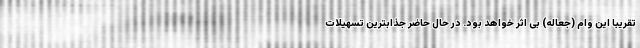
تقریباً این وام (جعاله) بی اثر خواهد بود. در حال حاضر جذابترین تسهیلات